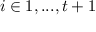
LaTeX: i \in { 1 , . . . , t + 1 }